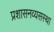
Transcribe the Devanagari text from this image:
प्रशासनव्यसस्था